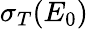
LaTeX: \sigma_{T}(E_{0})